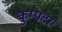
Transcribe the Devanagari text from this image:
कुम्पटा